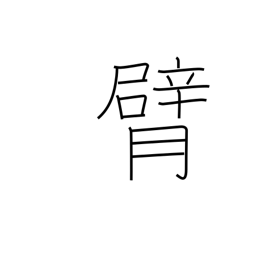
Meaning: elbow